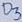
Text: D3